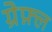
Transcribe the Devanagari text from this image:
ग्रेफ़्ल